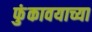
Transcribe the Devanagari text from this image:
फुंकावयाच्या